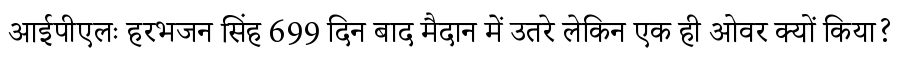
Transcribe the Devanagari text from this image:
आईपीएलः हरभजन सिंह 699 दिन बाद मैदान में उतरे लेकिन एक ही ओवर क्यों किया?